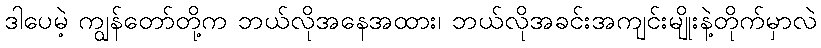
ဒါပေမဲ့ ကျွန်တော်တို့က ဘယ်လိုအနေအထား၊ ဘယ်လိုအခင်းအကျင်းမျိုးနဲ့တိုက်မှာလဲ